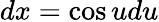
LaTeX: dx=\cos udu